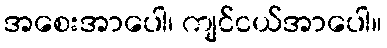
အစေးအာပေါ၊ ကျင်ငယ်အာပေါ။